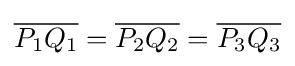
{\overline {P_{1}Q_{1}}}={\overline {P_{2}Q_{2}}}={\overline {P_{3}Q_{3}}}